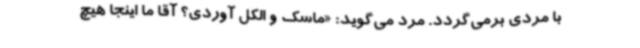
با مردی برمی‌گردد. مرد می‌گوید: «ماسک و الکل آوردی؟ آقا ما اینجا هیچ